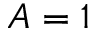
A = 1